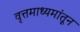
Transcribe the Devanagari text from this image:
वृत्तमाध्यमांतून